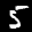
Label: 5